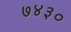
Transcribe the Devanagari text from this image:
७४३०